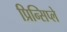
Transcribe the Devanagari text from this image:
प्रिन्सिप्ले